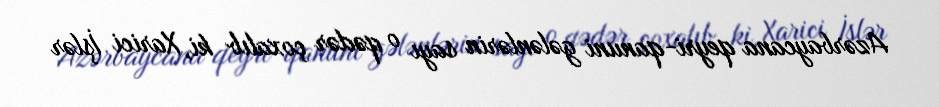
Azərbaycana qeyri-qanuni gələnlərin sayı o qədər çoxalıb ki, Xarici İşlər